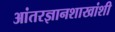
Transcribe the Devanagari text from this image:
आंतरज्ञानशाखांशी